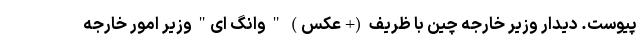
پیوست. دیدار وزیر خارجه چین با ظریف (+عکس) " وانگ ای" وزیر امور خارجه